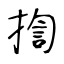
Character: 揈